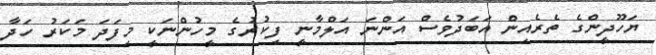
ޔަހޫދީންގެ ތެރެއިން އަބަދުވެސް އަންނަ އަލްމާނީ ފިކުރުގެ މީހުންނަކީ މިފަދަ މަކަރު ހަދާ